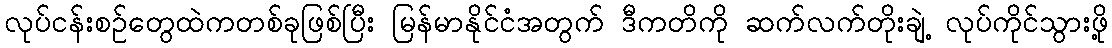
လုပ်ငန်းစဉ်တွေထဲကတစ်ခုဖြစ်ပြီး မြန်မာနိုင်ငံအတွက် ဒီကတိကို ဆက်လက်တိုးချဲ့ လုပ်ကိုင်သွားဖို့